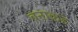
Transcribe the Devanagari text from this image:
बनाकडे